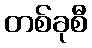
တစ်ခုစီ